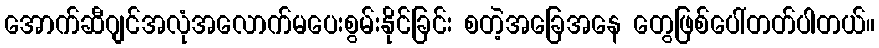
အောက်ဆီဂျင်အလုံအလောက်မပေးစွမ်းနိုင်ခြင်း စတဲ့အခြေအနေ တွေဖြစ်ပေါ်တတ်ပါတယ်။